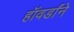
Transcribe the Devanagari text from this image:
हॉवर्डांने